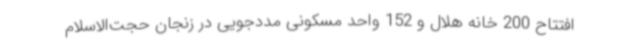
افتتاح 200 خانه هلال و 152 واحد مسکونی مددجویی در زنجان حجت‌الاسلام